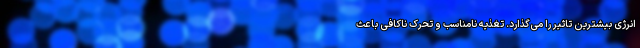
انرژی بیشترین تاثیر را می‌گذارد. تغذیه نامناسب و تحرک ناکافی باعث